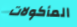
المأكولات